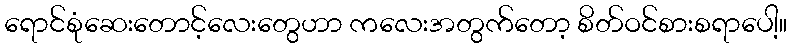
ရောင်စုံဆေးတောင့်လေးတွေဟာ ကလေးအတွက်တော့ စိတ်ဝင်စားစရာပေါ့။